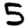
Digit: 5